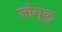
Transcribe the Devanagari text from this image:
जोगूक्